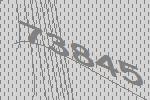
73845